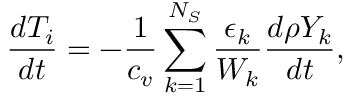
\frac { d T _ { i } } { d t } = - \frac { 1 } { c _ { v } } \sum _ { k = 1 } ^ { N _ { S } } \frac { \epsilon _ { k } } { W _ { k } } \frac { d \rho Y _ { k } } { d t } ,